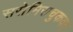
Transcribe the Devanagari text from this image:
ससेमिराचुकवत